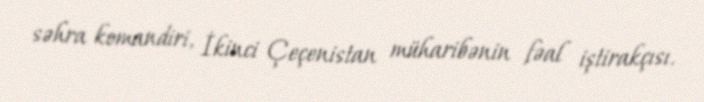
səhra komandiri, İkinci Çeçenistan müharibənin fəal iştirakçısı.